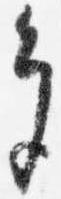
多